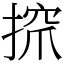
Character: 𢱑